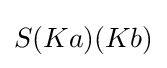
S(Ka)(Kb)